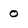
Character: 0